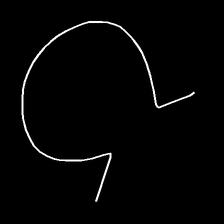
Glyph: weave